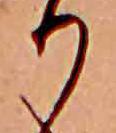
り